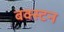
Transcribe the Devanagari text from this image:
बक्स्टन